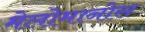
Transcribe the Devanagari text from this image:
मेलोमानोस